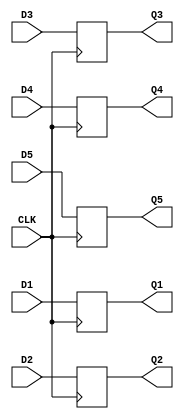
`timescale 1ns / 1ps

module Register_5x5 #(parameter AWL = 6, DWL = 32, DEPTH = 2**AWL)
                     (input CLK,
                      input D1, D2, 
                      input [DWL-1:0] D3, D4, 
                      input [AWL-2:0] D5,
                      output reg Q1, Q2, 
                      output reg [DWL-1:0] Q3, Q4, 
                      output reg [AWL-2:0] Q5);
    
    always @ (posedge CLK) begin
        Q1 <= D1;
        Q2 <= D2;
        Q3 <= D3;
        Q4 <= D4;
        Q5 <= D5;
    end
    
endmodule